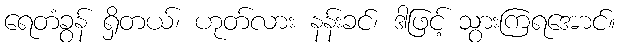
ရေတံခွန် ရှိတယ်၊ ဟုတ်လား နန်းခင်၊ ဒါဖြင့် သွားကြရအောင်။